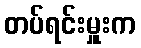
တပ်ရင်းမှူးက